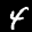
Label: 4